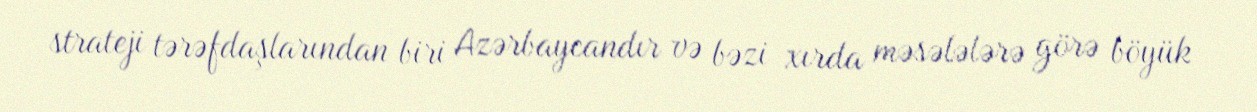
strateji tərəfdaşlarından biri Azərbaycandır və bəzi xırda məsələlərə görə böyük